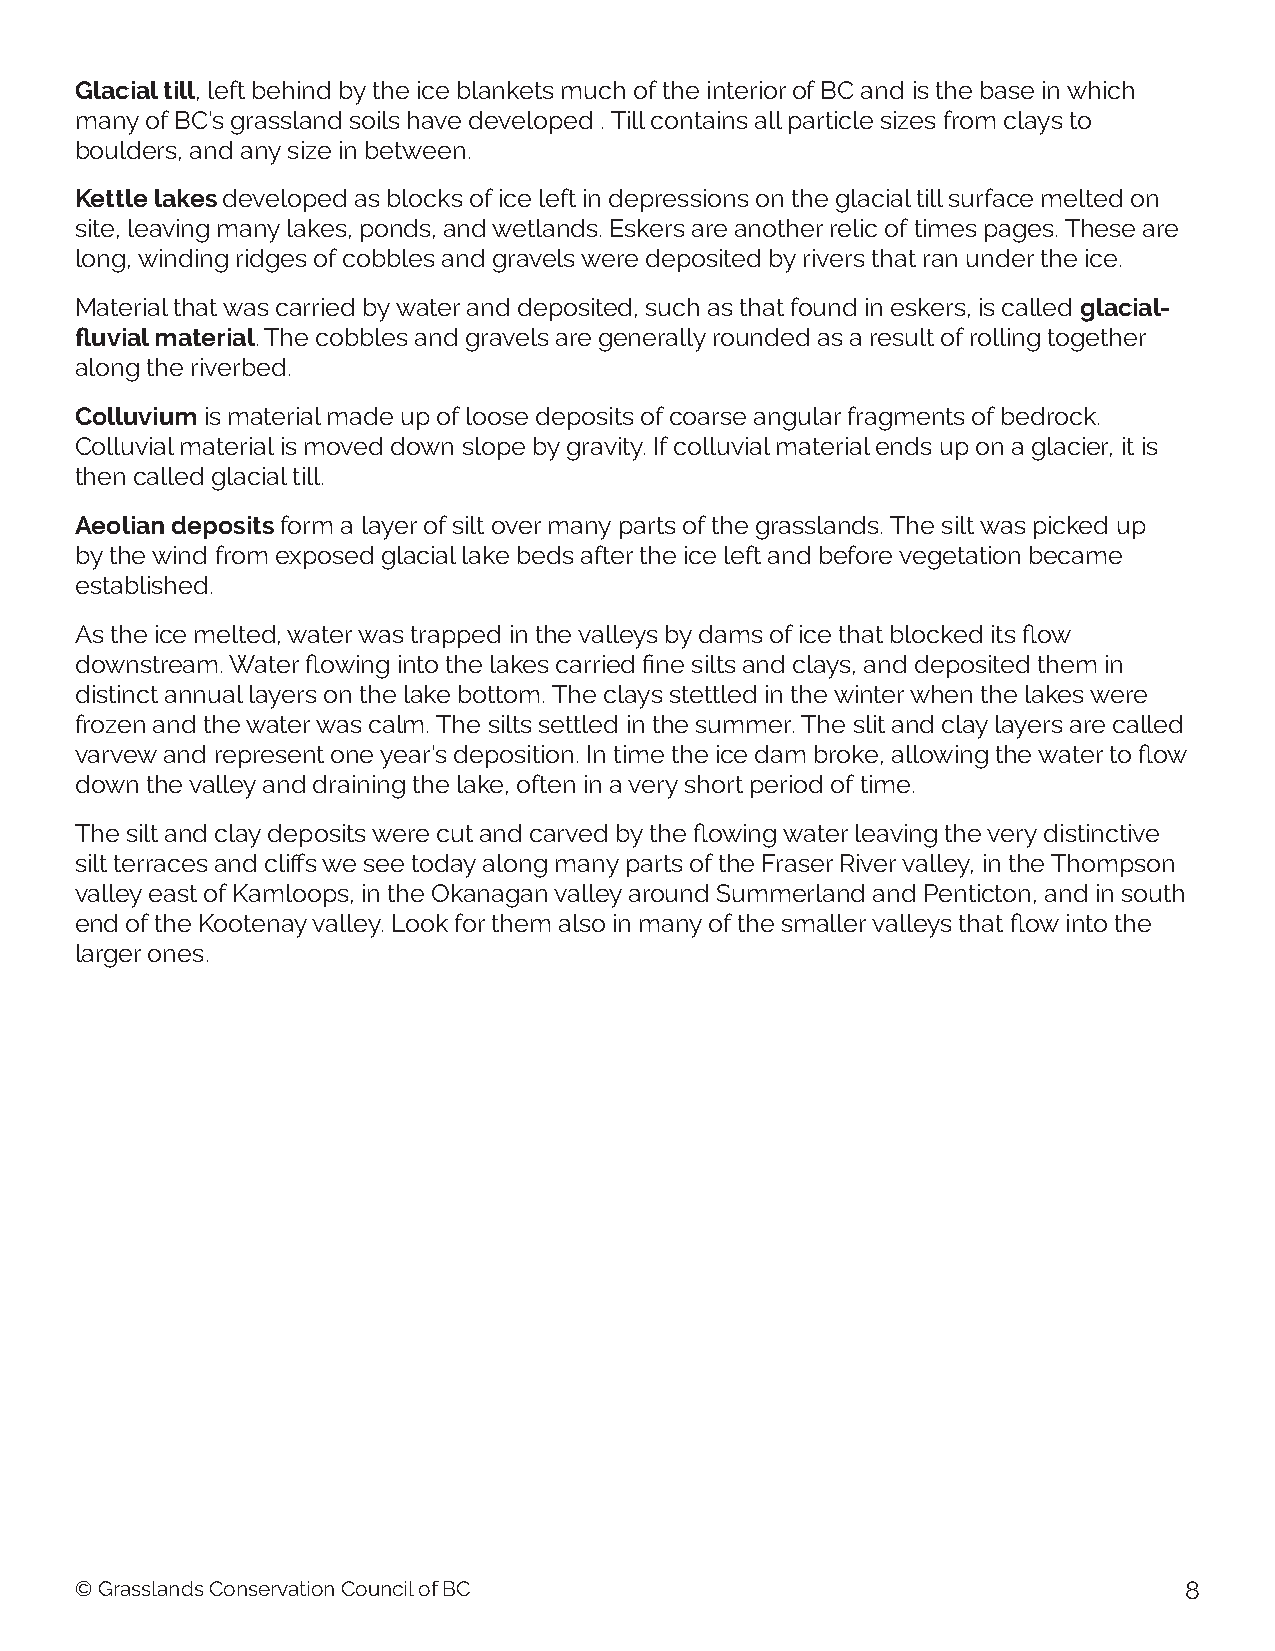
Glacial till, left behind by the ice blankets much of the interior of BC and is the base in which
 many of BC’s grassland soils have developed . Till contains all particle sizes from clays to
 boulders, and any size in between.
 Kettle lakes developed as blocks of ice left in depressions on the glacial till surface melted on
 site, leaving many lakes, ponds, and wetlands. Eskers are another relic of times pages. These are
 long, winding ridges of cobbles and gravels were deposited by rivers that ran under the ice.
 Material that was carried by water and deposited, such as that found in eskers, is called glacial-
 fluvial material. The cobbles and gravels are generally rounded as a result of rolling together
 along the riverbed.
 Colluvium is material made up of loose deposits of coarse angular fragments of bedrock.
 Colluvial material is moved down slope by gravity. If colluvial material ends up on a glacier, it is
 then called glacial till.
 Aeolian deposits form a layer of silt over many parts of the grasslands. The silt was picked up
 by the wind from exposed glacial lake beds after the ice left and before vegetation became
 established.
 As the ice melted, water was trapped in the valleys by dams of ice that blocked its flow
 downstream. Water flowing into the lakes carried fine silts and clays, and deposited them in
 distinct annual layers on the lake bottom. The clays stettled in the winter when the lakes were
 frozen and the water was calm. The silts settled in the summer. The slit and clay layers are called
 varvew and represent one year’s deposition. In time the ice dam broke, allowing the water to flow
 down the valley and draining the lake, often in a very short period of time.
 The silt and clay deposits were cut and carved by the flowing water leaving the very distinctive
 silt terraces and cliffs we see today along many parts of the Fraser River valley, in the Thompson
 valley east of Kamloops, in the Okanagan valley around Summerland and Penticton, and in south
 end of the Kootenay valley. Look for them also in many of the smaller valleys that flow into the
 larger ones.
 © Grasslands Conservation Council of BC                                  8